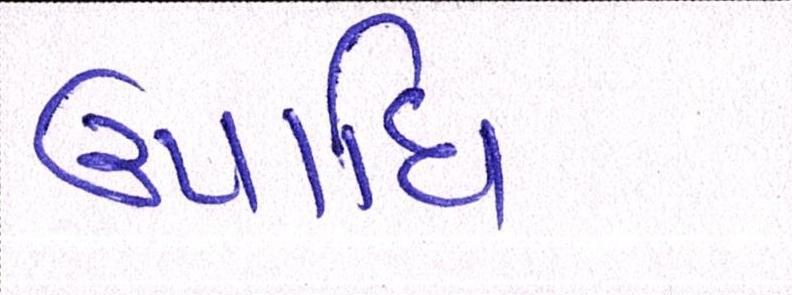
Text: ઉપાધિ